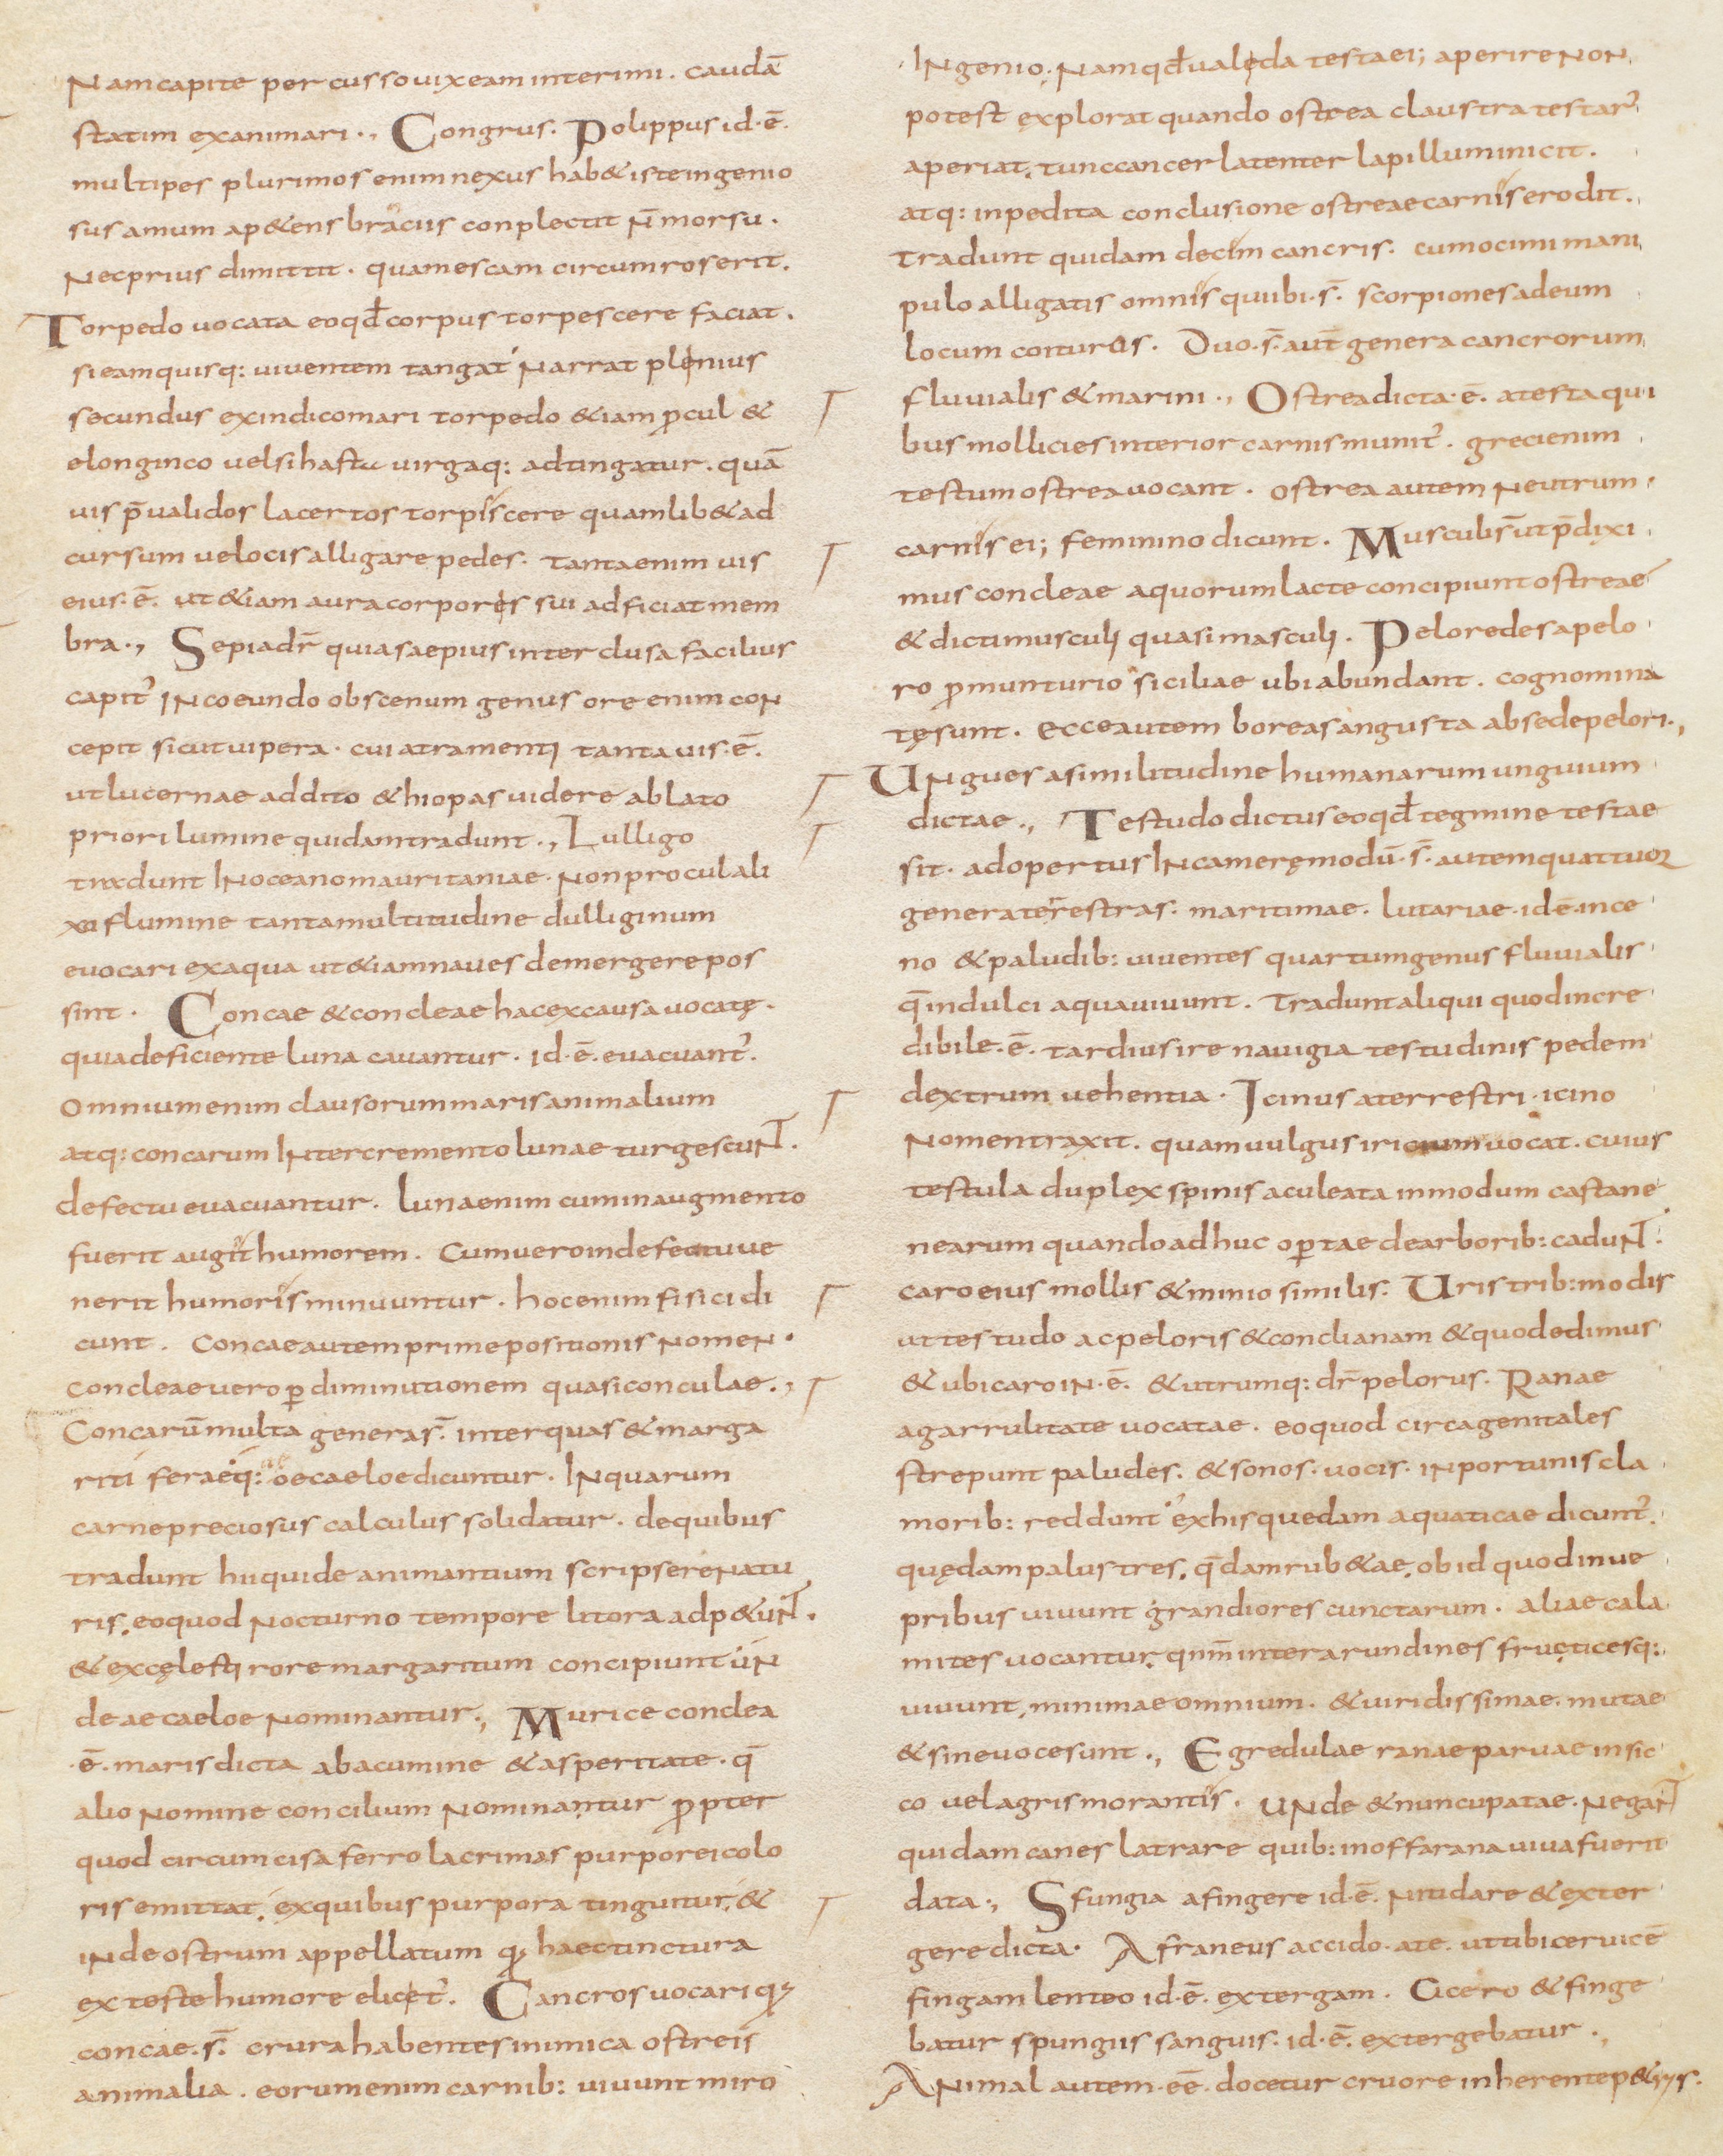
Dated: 800–829